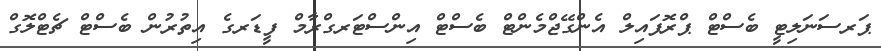
ޕަރސަނަލިޓީ ބެސްޓް ޕްރޮފައިލް އެންގޭޖްމެންޓް ބެސްޓް އިންސްޓަރގްރާމް ފީޑަރގެ އިތުރުން ބެސްޓް ޗެޓްލޮގް